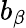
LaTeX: b_{\beta}